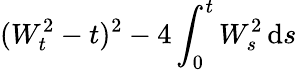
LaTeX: (W_{t}^{2}-t)^{2}-4\int_{0}^{t}W_{s}^{2}\, \mathrm{d}s